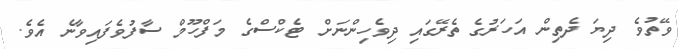
ވޭތުވެ ދިޔަ ދެތިން އަހަރުގެ ތެރޭގައި ދިވެހިންނަށް ޓެކްސްގެ މަފްހޫމް ސާފުވެފައިވާނެ އެވެ.